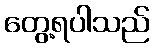
တွေ့ရပါသည်